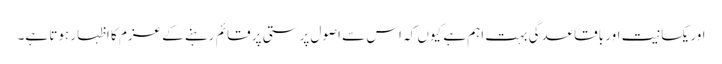
اور یکسانیت اور باقاعدگی بہت اہم ہے کیوں کہ اس سے اصول پرستی پر قائم رہنے کے عزم کا اظہار ہوتا ہے۔